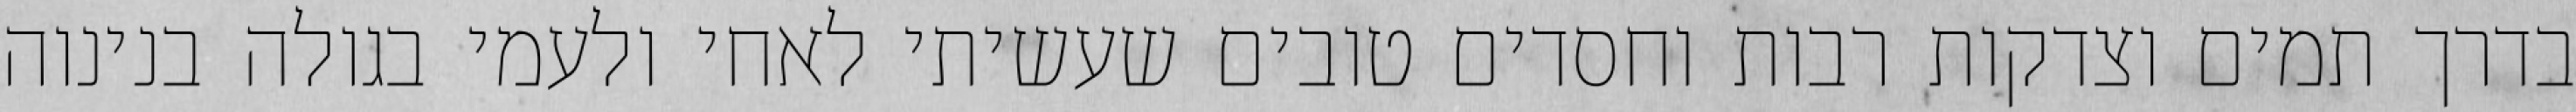
בדרך תמים וצדקות רבות וחסדים טובים שעשיתי לאחי ולעמי בגולה בנינוה